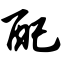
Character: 配